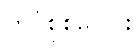
တွင်စုစုပေါင်း